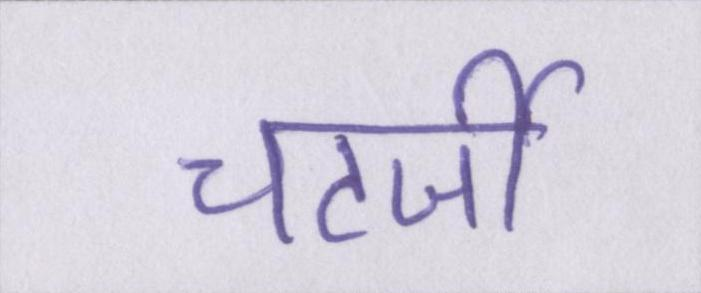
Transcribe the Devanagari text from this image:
चटर्जी